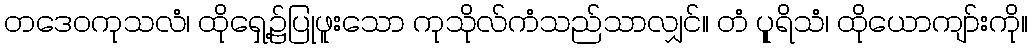
တဒေဝကုသလံ၊ ထိုရှေ့၌ပြုဖူးသော ကုသိုလ်ကံသည်သာလျှင်။ တံ ပုူရိသံ၊ ထိုယောကျာ်းကို။